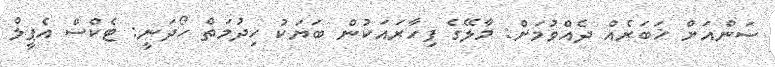
ސަންއަށް ޚަބަރެއް ދެއްވުމަށް: މާލޭގެ ފިހާރައަކުން ބަޔަކު ހިދުމަތް ހޯދަނީ: ޓެކްސް އެޕީލް